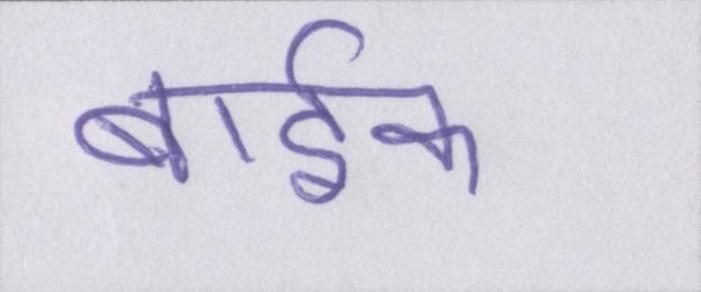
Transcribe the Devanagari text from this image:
बार्इक